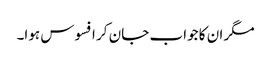
مگر ان کا جواب جان کر افسوس ہوا۔